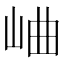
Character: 𪨰